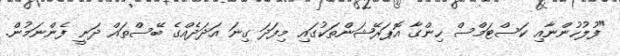
"ފުލުހުންނާއި ކަސްޓަމްސް ހިންގާ އޮޕަރޭޝަންތަކުގައި މިފަދަ ގިނަ އަދަދެއްގެ ބޭސްތައް ދަނީ ފެންނަމުން.